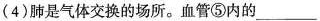
(4)肺是气体交换的场所。血管⑤内的___